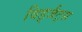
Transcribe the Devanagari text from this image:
विड्जैट्स